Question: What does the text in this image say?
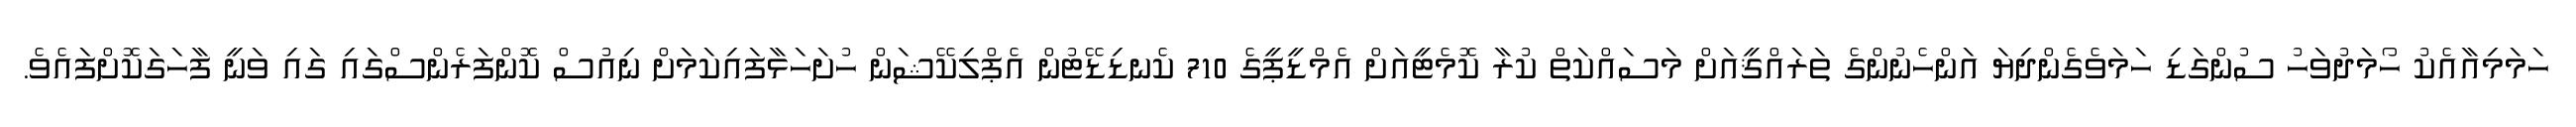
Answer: ހަމަމިއާއެކު ހޯމަދުވަހު ސުންގަޑި ހަމަވެގެންދިޔަ އަންހެނުންގެ ތަރައްޤީއަށް މަސައްކަތް ކުރާ ކޮމެޓީއަށް އެމްޑީޕީގެ 710 ކެނޑިޑޭޓުން އެޕްލިކޭޝަން ހުށަހަޅާފައިކަމަށް ނިއުސް ކޮންފަރެންސްގައި ގައި ވަނީ ފާހަގަކޮށްފައެވެ.